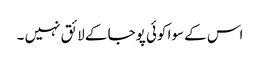
اس کے سوا کوئی پوجا کے لائق نہیں ۔